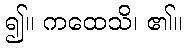
၍။ ကထေသိ၊ ၏။